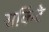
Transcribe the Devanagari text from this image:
सर्किटे